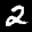
Label: 2